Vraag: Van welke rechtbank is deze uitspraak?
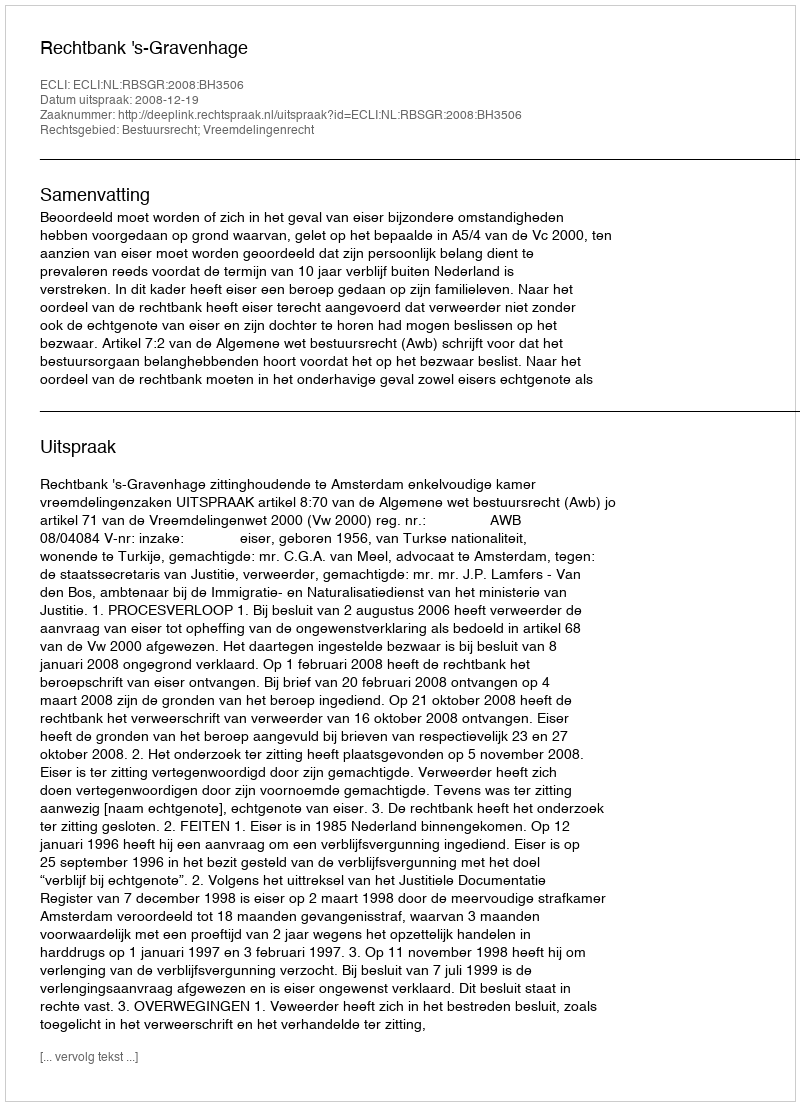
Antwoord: Rechtbank 's-Gravenhage